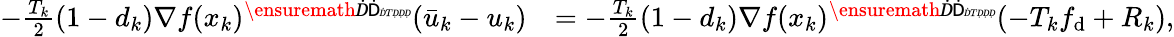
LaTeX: \begin{array}{rl}{-\frac{T_{k}}{2}(1-d_{k})\nabla f(x_{k})^{\ensuremath Ḋ\mathsf Ḋ\tiny ḊTḌḌḌ}(\bar{u}_{k}-u_{k})}&{=-\frac{T_{k}}{2}(1-d_{k})\nabla f(x_{k})^{\ensuremath Ḋ\mathsf Ḋ\tiny ḊTḌḌḌ}(-T_{k}f_{\mathrm{d}}+R_{k}),}\end{array}